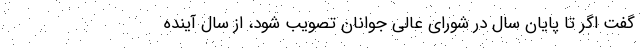
گفت اگر تا پایان سال در شورای عالی جوانان تصویب شود، از سال آینده